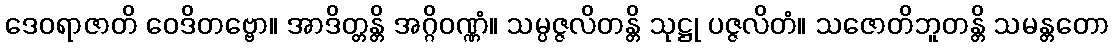
ဒေဝရာဇာတိ ဝေဒိတဗ္ဗော။ အာဒိတ္တန္တိ အဂ္ဂိဝဏ္ဏံ။ သမ္ပဇ္ဇလိတန္တိ သုဋ္ဌု ပဇ္ဇလိတံ။ သဇောတိဘူတန္တိ သမန္တတော